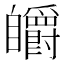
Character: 𮍟